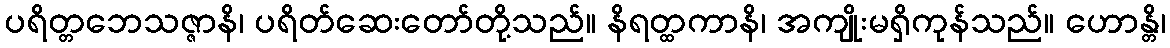
ပရိတ္တဘေသဇ္ဇာနိ၊ ပရိတ်ဆေးတော်တို့သည်။ နိရတ္ထကာနိ၊ အကျိုးမရှိကုန်သည်။ ဟောန္တိ၊